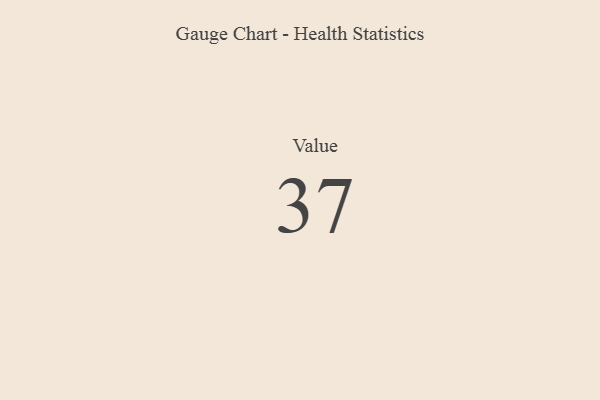
{"axis": {"x": "Metric", "y": "Value"}, "legend": [""], "data": [{"x": "Value", "y": 37, "type": ""}]}